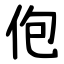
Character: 佨